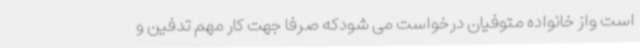
است واز خانواده متوفیان درخواست می شودکه صرفا جهت کار مهم تدفین و